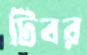
টিবর